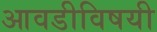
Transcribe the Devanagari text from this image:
आवडीविषयी